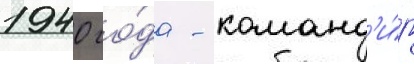
1940 го́да - команд'и́р